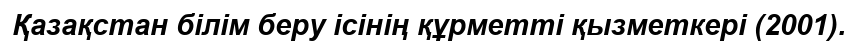
Қазақстан білім беру ісінің құрметті қызметкері (2001).